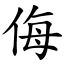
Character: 侮